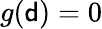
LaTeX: g({\mathsf{d}})=0